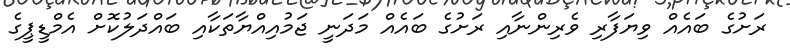
ރަށުގެ ބައެއް ވިޔަފާރި ވެރިންނާއި ރަށުގެ ބައެއް މަދަނީ ޖަމުއިއްޔާތަކާއި ބައްދަލުކޮށް އެމްޑީޕީގެ